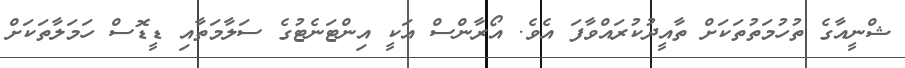
ޝްނީއާގެ ތުހުމަތުތަކަށް ތާއީދުކުރައްވާފަ އެވެ. އޯރާންސް އަކީ އިންޓަނެޓުގެ ސަލާމަތާއި ޑީޑޮސް ހަމަލާތަކަށް